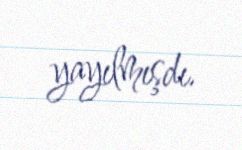
yayılmışdı.